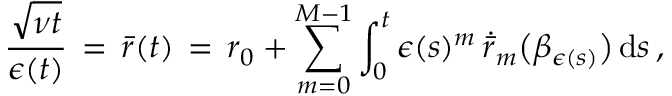
\frac { \sqrt { \nu t } } { \epsilon ( t ) } \, = \, \bar { r } ( t ) \, = \, r _ { 0 } + \sum _ { m = 0 } ^ { M - 1 } \int _ { 0 } ^ { t } \epsilon ( s ) ^ { m } \, \dot { \bar { r } } _ { m } \bigl ( \beta _ { \epsilon ( s ) } \bigr ) \, \mathrm { d } s \, ,